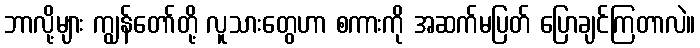
ဘာလို့များ ကျွန်တော်တို့ လူသားတွေဟာ စကားကို အဆက်မပြတ် ပြောချင်ကြတာလဲ။